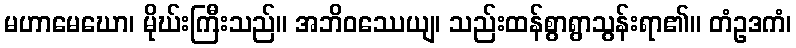
မဟာမေဃော၊ မိုဃ်းကြီးသည်။ အဘိဝဿေယျ၊ သည်းထန်စွာရွာသွန်းရာ၏။ တံဥဒကံ၊